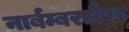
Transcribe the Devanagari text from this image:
नार्बम्बरलैण्ड